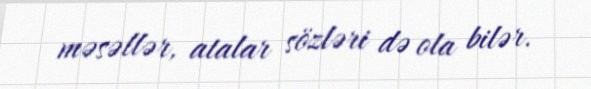
məsəllər, atalar sözləri də ola bilər.